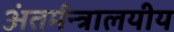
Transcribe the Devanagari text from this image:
अंतर्मन्त्रालयीय